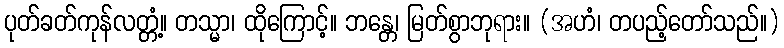
ပုတ်ခတ်ကုန်လတ္တံ့။ တသ္မာ၊ ထိုကြောင့်။ ဘန္တေ၊ မြတ်စွာဘုရား။ (အဟံ၊ တပည့်တော်သည်။)